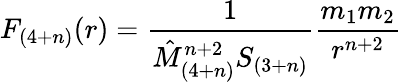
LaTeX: F_{(4+n)}(r)=\frac{1}{\hat{M}_{(4+n)}^{n+2}S_{(3+n)}}\frac{m_{1}m_{2}}{r^{n+2}}